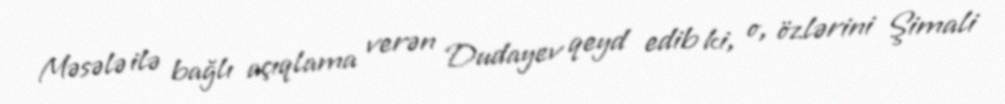
Məsələ ilə bağlı açıqlama verən Dudayev qeyd edib ki, o, özlərini Şimali